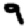
Digit: 9